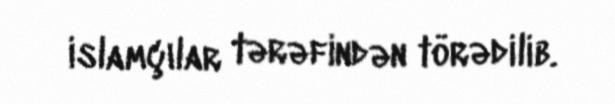
islamçılar tərəfindən törədilib.